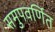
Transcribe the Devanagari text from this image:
समुपवर्णित